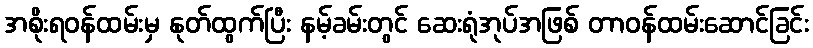
အစိုးရဝန်ထမ်းမှ နုတ်ထွက်ပြီး နမ့်ခမ်းတွင် ဆေးရုံအုပ်အဖြစ် တာဝန်ထမ်းဆောင်ခြင်း